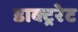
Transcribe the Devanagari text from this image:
डाक्ट्ररेट